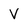
Character: V